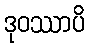
ဒုဝဿာပိ